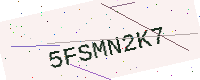
Text: 5FSMN2K7